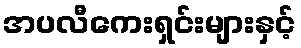
အပလီကေးရှင်းများနှင့်